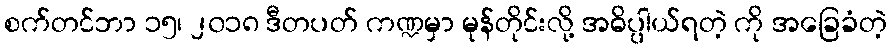
စက်တင်ဘာ ၁၅၊ ၂၀၁၈ ဒီတပတ် ကဏ္ဍမှာ မုန်တိုင်းလို့ အဓိပ္ပါယ်ရတဲ့ ကို အခြေခံတဲ့